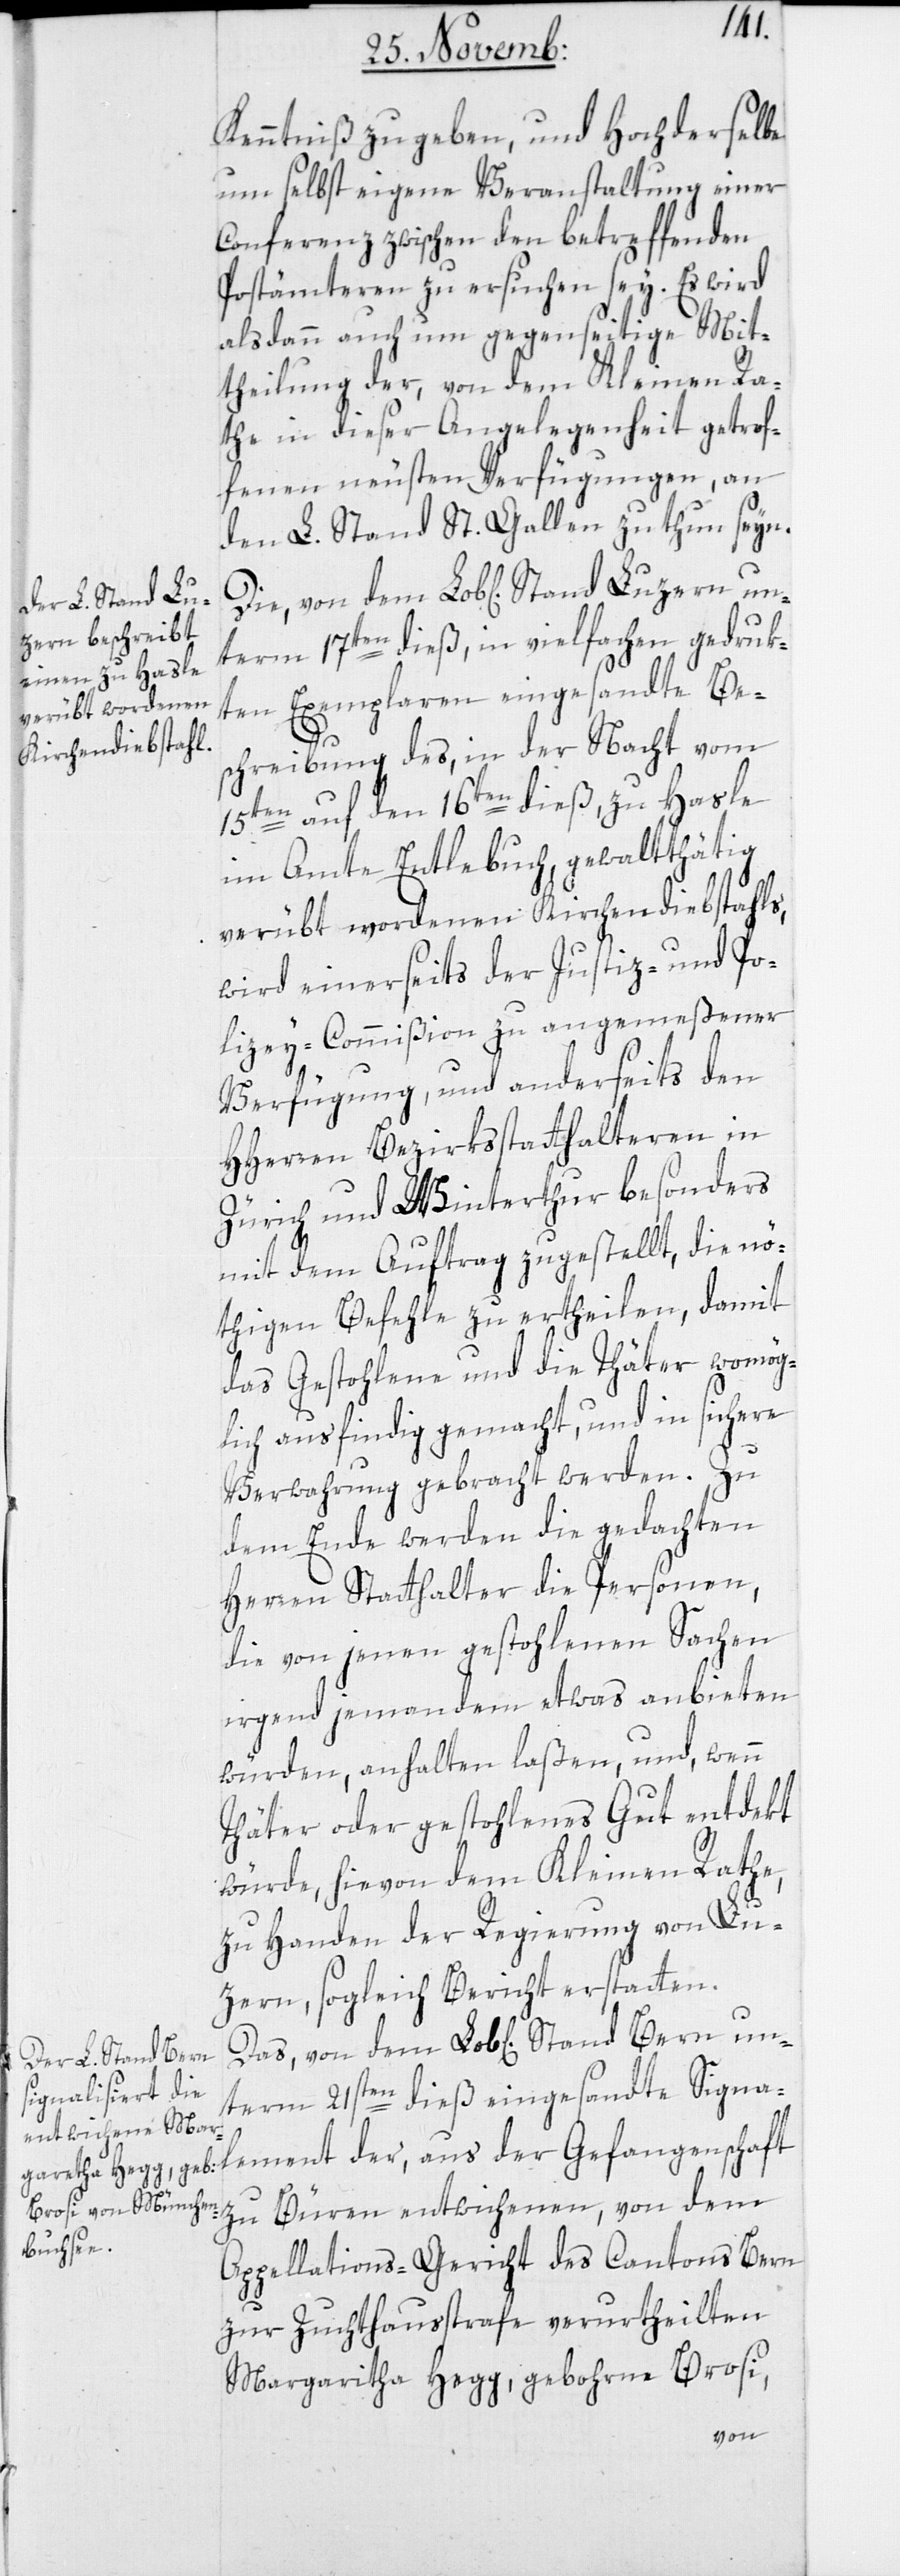
Kenntniß zu geben, und Hochderselbe
um selbst eigene Veranstaltung einer
Conferenz zwischen den betreffenden
Postämteren zu ersuchen sey. Es wird
alsdann auch um gegenseitige Mit¬
theilung der, von dem Kleinen Ra¬
the in dieser Angelegenheit getrof¬
fenen neusten Verfügungen, an
den L. Stand St. Gallen zu thun seyn.
term 17ten dieß, in vielfachen gedruk¬
ten Exemplaren eingesandte Be¬
ement
schreibung des, in der Nacht vom
15ten auf den 16ten dieß, zu Hasle
im Amte Entlebuch, gewaltthätig
verübt wordenen Kirchendiebstahls,
wird einerseits der Justiz- und Po¬
lizey-Commißion zu angemeßener
Verfügung, und anderseits den
HHerren Bezirkßtatthalteren in
Zürich und Winterthur besonders
mit dem Auftrag zugestellt, die nö¬
thigen Befehle zu ertheilen, damit
das Gestohlene und die Thäter womög¬
lich ausfindig gemacht, und in sichere
Verwahrung gebracht werden. Zu
dem Ende werden die gedachten
Herren Statthalter die Personen,
die von jenen gestohlenen Sachen
irgend jemandem etwas anbieten
würden, anhalten laßen, und wenn
Thäter oder gestohlenes Gut entdekt
würde, hievon dem Kleinen Rathe,
zu Handen der Regierung von Lu¬
zern, sogleich Bericht erstatten.
nterm 21sten dieß eingesandte Signal¬
zu Büren entwichenen, von dem
Appellations-Gericht des Cantons Bern
zur Zuchthausstrafe verurtheilten
Margaritha Hegg, geborne Brosi,
von